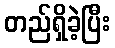
တည်ရှိခဲ့ပြီး